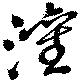
灌